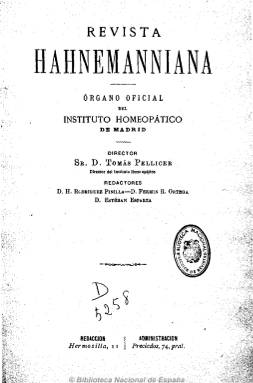
Título: Revista hahnemanniana
Colección: Homeopatía
Ámbito geográfico: Madrid
Lugar de publicación: Madrid
Fechas: 15/01/1884-31/05/1886

Continuadora del Boletín clínico del Instituto Homeopático de Madrid (1881-1883) como “órgano oficial” del único centro instructivo existente de esta escuela médica en España y de la fundación benéfica Hospital de San José, aneja al mismo. De periodicidad quincenal y con 16 páginas por número, al igual que el boletín, aunque después aumenta hasta las 32, es dirigida por el doctor Tomás Pellicer, asimismo director del instituto, y en su redacción participan los médicos Hipólito Rodríguez Pinilla, Fermín R. Ortega, Esteban Esparza Rodríguez y Fernando Gil Ortega, entre otros, todos ellos médicos homeópatas.

Sigue la defensa y propagación en España de las doctrinas de la escuela fundada por Samuel Hahnemann (1775-1843), “nacida del libre examen y de la protesta a antiguos errores”, tal como se expone en el artículo de presentación de la publicación.

Incluye una crónica quincenal, con noticias sobre acontecimientos médicos, el trabajo de las academias científicas, conferencias, etc. También trabajos doctrinales de autores españoles y extranjeros, y secciones sobre clínica y terapéutica, estudios de medicina general, revista de prensa y bibliográfica y variedades. Asimismo dará cuenta del trabajo de las instituciones que representa.

Al final del primer tomo incluye un índice de materias. Durante 1885 suspende su publicación, anunciando que publicará un anuario, y reanuda su segunda época en enero de 1886, con carácter mensual, para suspenderla definitivamente a los pocos números. Como sus redactores lo son también de El criterio médico, a partir de 1886 se refundirá con esta también revista homeopática madrileña.